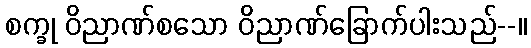
စက္ခု ဝိညာဏ်စသော ဝိညာဏ်ခြောက်ပါးသည်--။